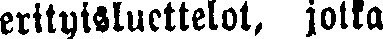
erityisluettelot, jotka